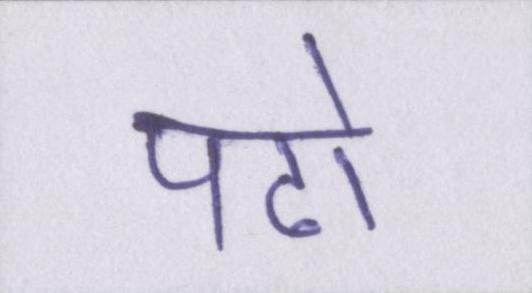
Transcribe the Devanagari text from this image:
पढो